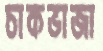
চাকভাজা